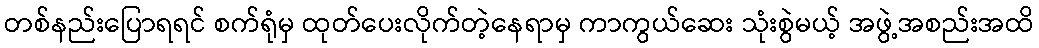
တစ်နည်းပြောရရင် စက်ရုံမှ ထုတ်ပေးလိုက်တဲ့နေရာမှ ကာကွယ်ဆေး သုံးစွဲမယ့် အဖွဲ့အစည်းအထိ